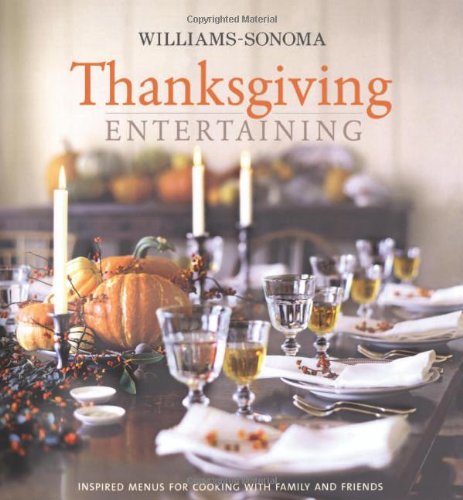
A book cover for Williams-Sonoma Entertaining: Thanksgiving Entertaining; Lou Pappas; Cookbooks, Food & Wine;